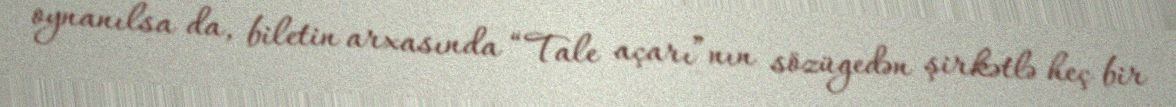
oynanılsa da, biletin arxasında “Tale açarı”nın sözügedən şirkətlə heç bir